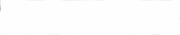
٦١